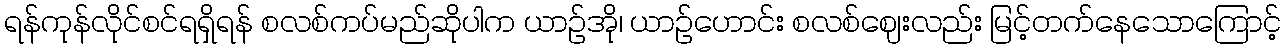
ရန်ကုန်လိုင်စင်ရရှိရန် စလစ်ကပ်မည်ဆိုပါက ယာဉ်အို၊ ယာဉ်ဟောင်း စလစ်ဈေးလည်း မြင့်တက်နေသောကြောင့်